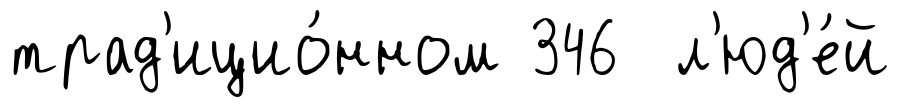
трад'ицио́нном 346 л'юд'е́й